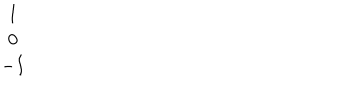
\begin{array} { c } { { 1 } } \\ { { 0 } } \\ { { - I } } \\ \end{array}